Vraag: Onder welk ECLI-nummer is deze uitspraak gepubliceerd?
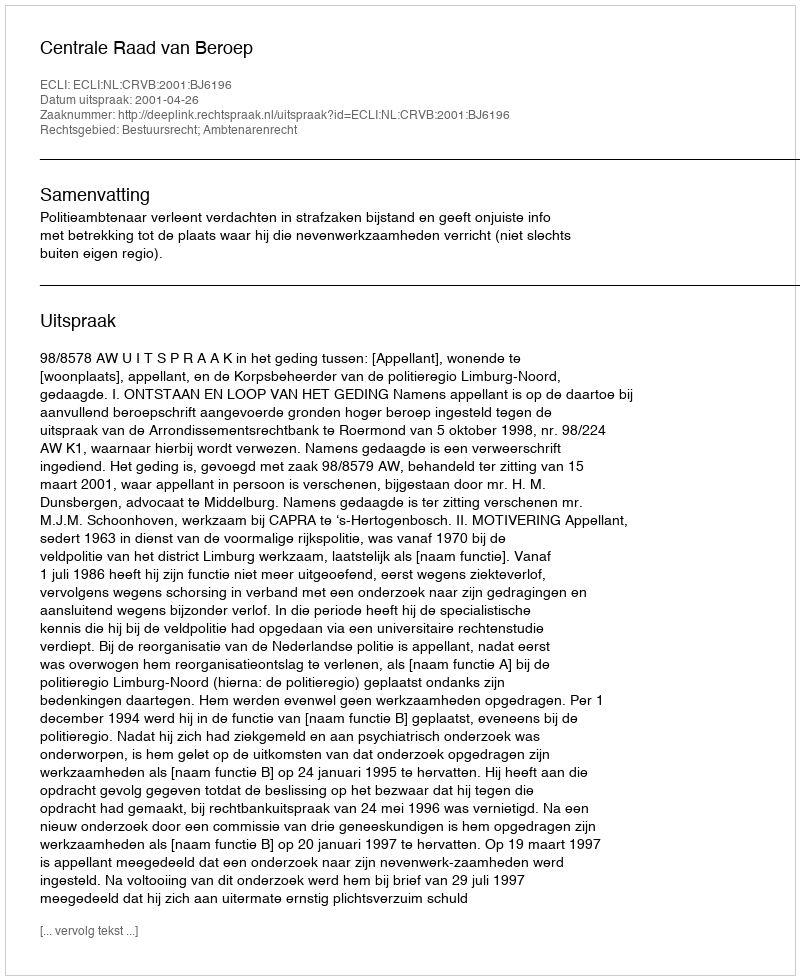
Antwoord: ECLI:NL:CRVB:2001:BJ6196